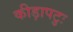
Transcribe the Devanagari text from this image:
कीड़ापटुः